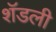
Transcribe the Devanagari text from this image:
शॅडली